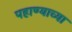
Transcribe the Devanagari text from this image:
पहाण्याच्या